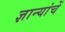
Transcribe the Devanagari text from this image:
ज्ञान्यांचें